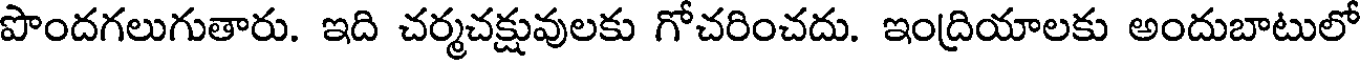
పొందగలుగుతారు. ఇది చర్మచక్షువులకు గోచరించదు. ఇంద్రియాలకు అందుబాటులో